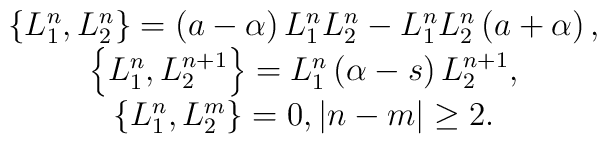
\begin{array}{c}\left\{ L_1^n,L_2^n\right\} =\left( a-\alpha \right)L_1^nL_2^n-L_1^nL_2^n\left( a+\alpha \right) , \\\left\{ L_1^n,L_2^{n+1}\right\} =L_1^n\left( \alpha -s\right) L_2^{n+1}, \\\left\{ L_1^n,L_2^m\right\} =0,\left| n-m\right| \geq 2.\end{array}